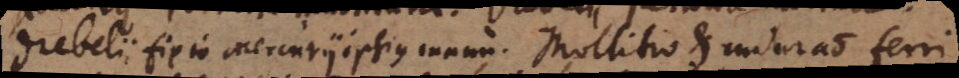
Drebelii fixio Mercurii ipsius manu. Mollitio et induratio ferri,